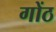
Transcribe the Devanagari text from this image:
गोंठ